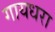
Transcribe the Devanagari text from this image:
गायधरा